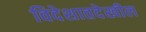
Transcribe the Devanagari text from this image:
विदेशातदेखील